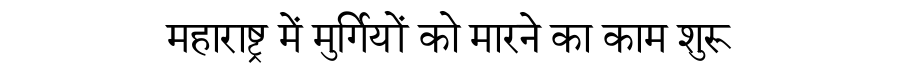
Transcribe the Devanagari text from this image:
महाराष्ट्र में मुर्गियों को मारने का काम शुरू